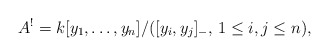
\begin{gather*}A^{!}=k[y_1,\ldots,y_n]/([y_i,y_j]_{-}, \, 1 \le i,j \le n),\end{gather*}